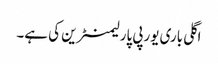
اگلی باری یورپی پارلیمنٹرین کی ہے۔